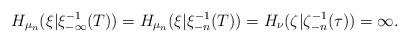
LaTeX: \begin{align*} H_{\mu_n}(\xi|\xi_{-\infty}^{-1}(T))=H_{\mu_n}(\xi|\xi_{-n}^{-1}(T))=H_\nu(\zeta|\zeta_{-n}^{-1}(\tau))=\infty.\end{align*}